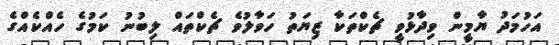
އަހުމަދު ޔާމީން ވިދާޅުވީ ޗެކްތަކާ ޒިޔަތު ހަވާލުވެ ޗެކްތައް ލިބުނު ކަމުގެ ހެއްކެއްގެ